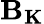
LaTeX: \mathbf{B_{K}}